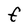
Character: f